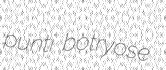
punti botryose